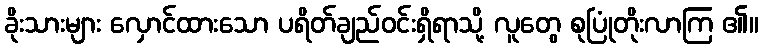
ခိုးသားများ လှောင်ထားသော ပရိတ်ချည်ဝင်းရှိရာသို့ လူတွေ စုပြုံတိုးလာကြ ၏။